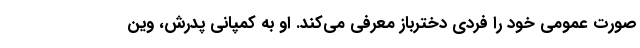
صورت عمومی خود را فردی دخترباز معرفی می‌کند. او به کمپانی پدرش، وین